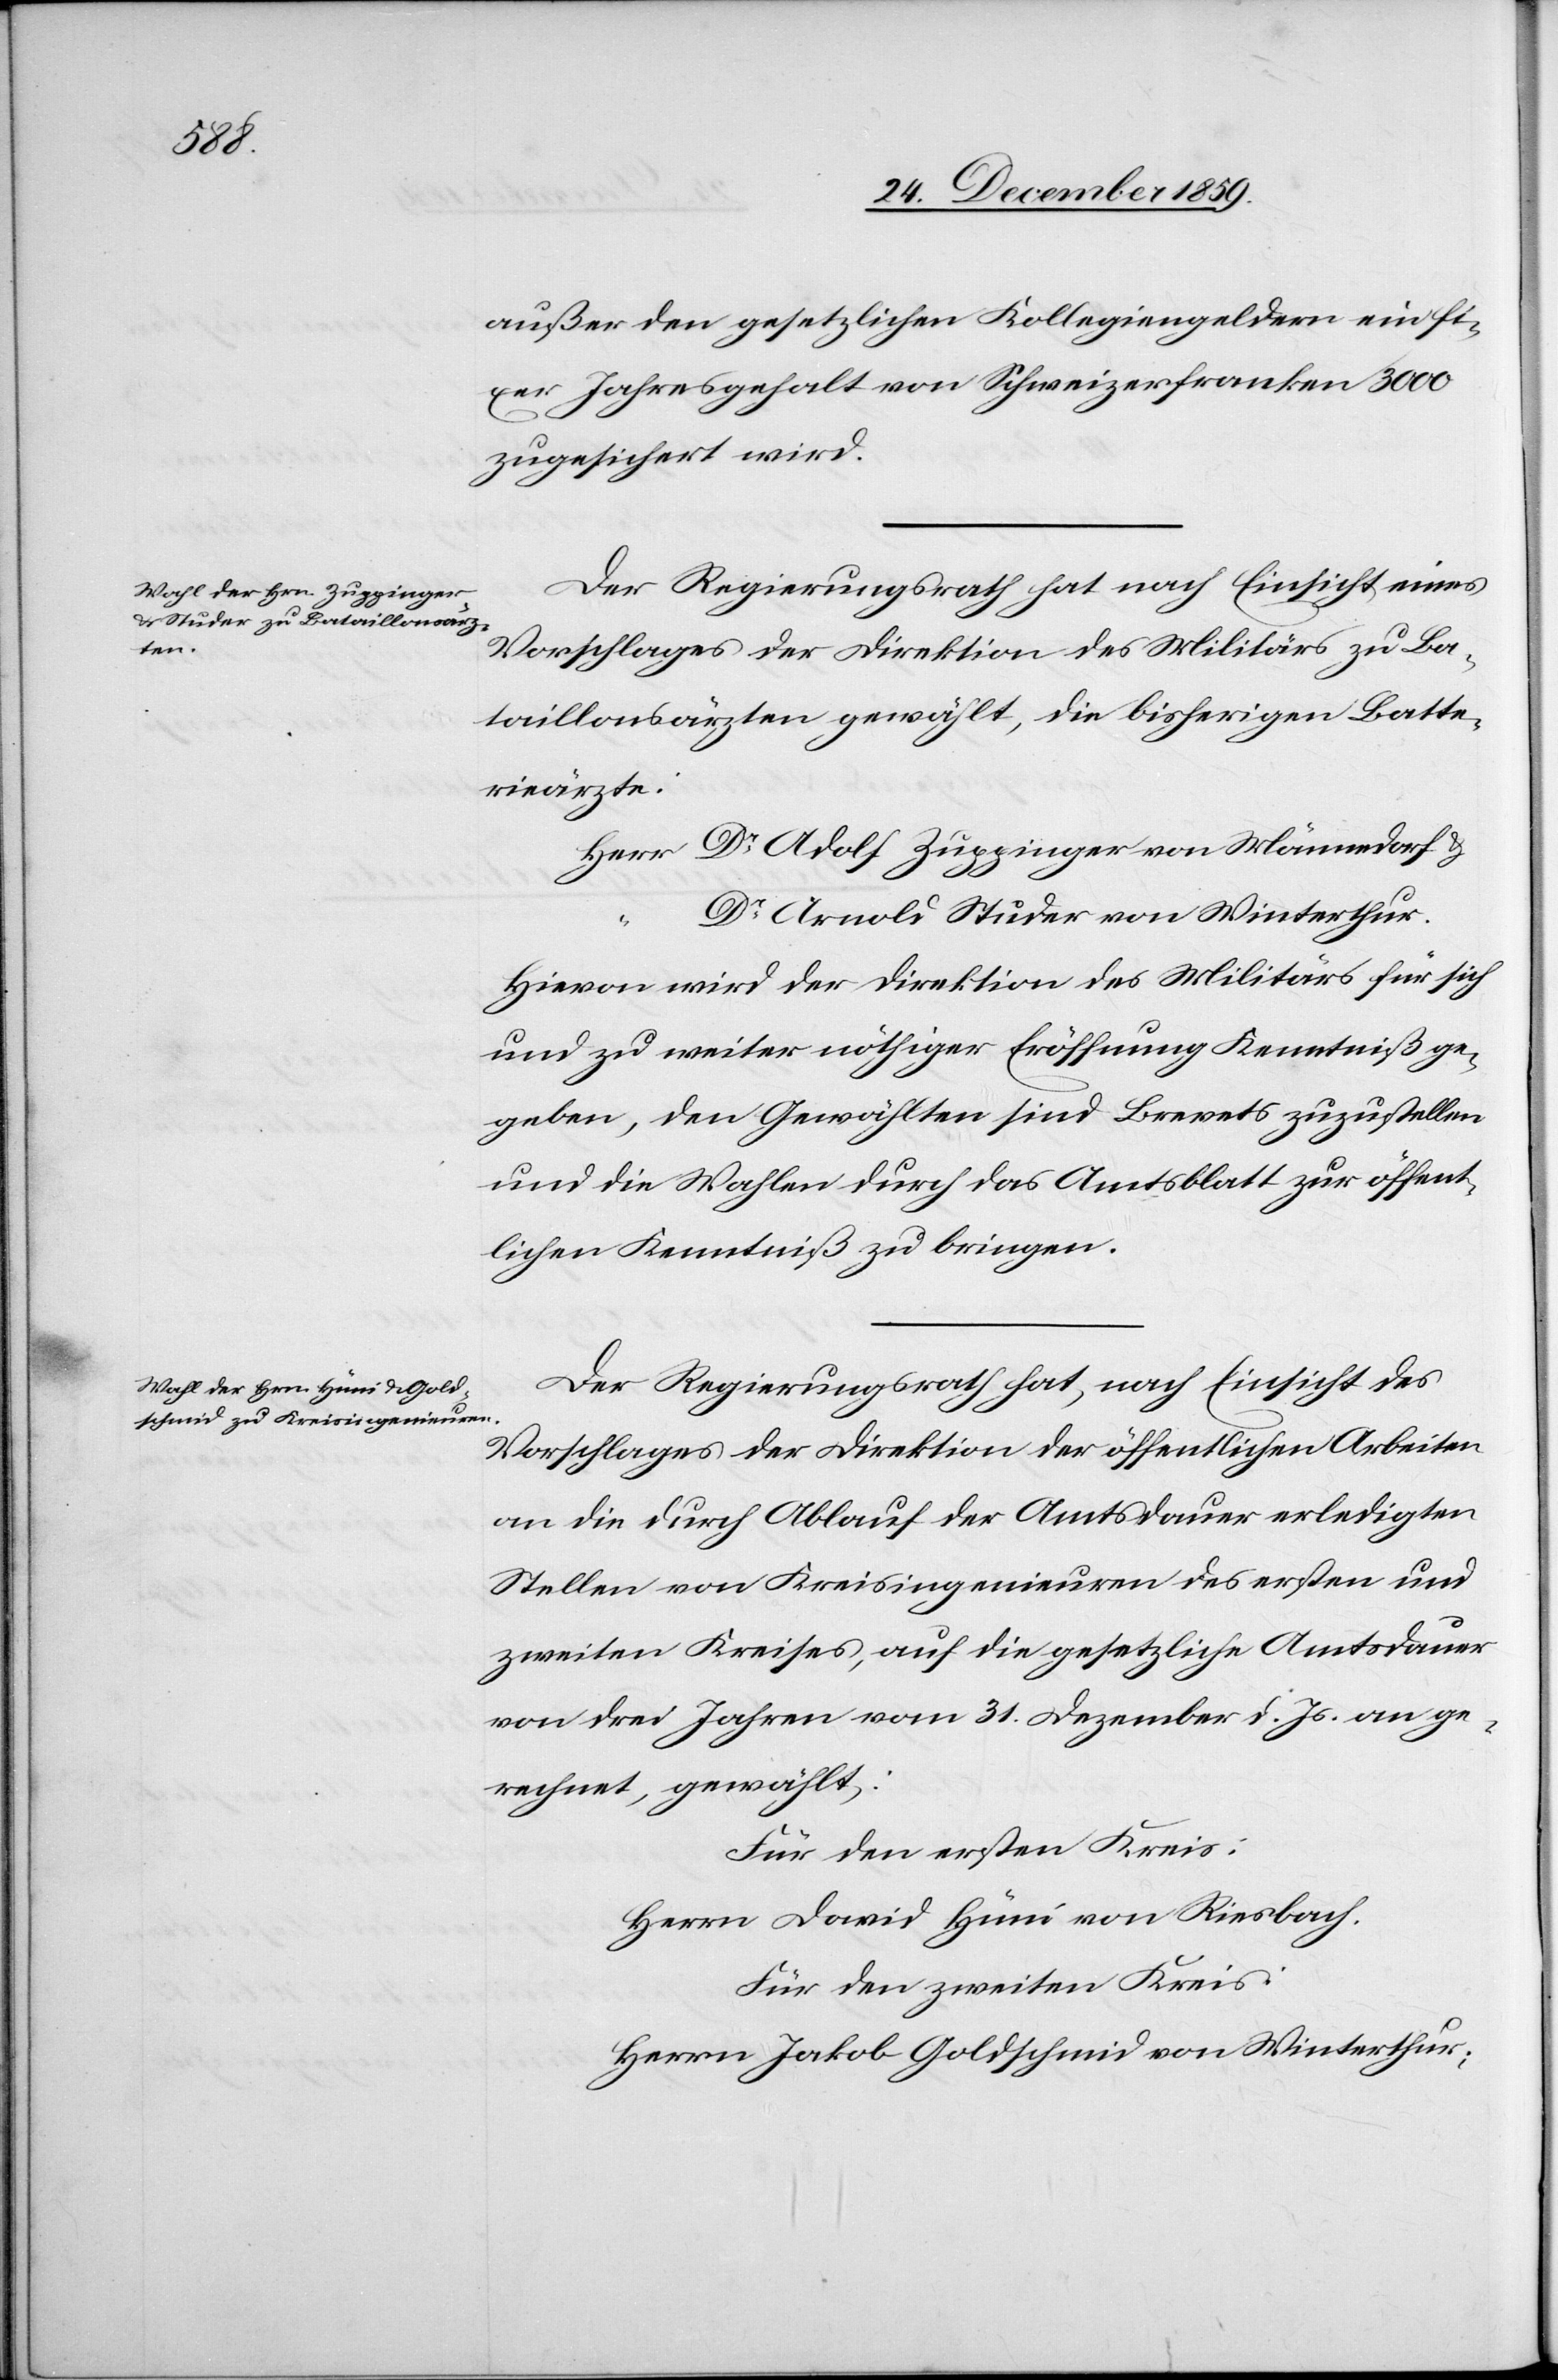
außer den gesetzlichen Kollegiengeldern ein fi¬
xer Jahresgehalt von Schweizerfranken 3000
zugesichert wird.
Der Regierungsrath hat nach Einsicht eines
Antrages der Direktion des Militärs zu Ba¬
taillonsärzten gewählt, die bisherigen Batte¬
rieärzte:
Dr Adolf Zuppinger von Männedorf &
Dr Arnold Studer von Winterthur.
Hievon wird der Direktion des Militärs für sich
und zu weiter nöthiger Eröffnung Kenntniß ge¬
geben, den Gewählten sind Brevets zuzustellen
und die Wahlen durch das Amtsblatt zur öffent¬
lichen Kenntniß zu bringen.
Der Regierungsrath hat, nach Einsicht des
Vorschlages der Direktion der öffentlichen Arbeiten
an die durch Ablauf der Amtsdauer erledigten
Stellen von Kreisingenieuren des ersten und
zweiten Kreises, auf die gesetzliche Amtsdauer
von drei Jahren vom 31. Dezember d. Js. an ge¬
rechnet, gewählt:
Für den ersten Kreis:
Herrn David Hüni von Riesbach.
Für den zweiten Kreis:
Herrn Jakob Goldschmid von Winterthur;